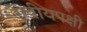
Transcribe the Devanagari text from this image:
रेखीयपक्षी